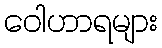
ဝေါဟာရများ